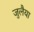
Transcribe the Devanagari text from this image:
जुलैया